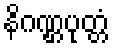
နိဂဏ္ဌပုတ္တံ